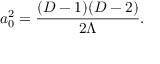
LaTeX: a _ { 0 } ^ { 2 } = { \frac { ( D - 1 ) ( D - 2 ) } { 2 \Lambda } } .